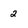
Character: 2